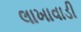
લાખાવાડી